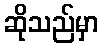
ဆိုသည်မှာ